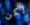
لكن